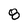
Character: 8